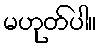
မဟုတ်ပါ။